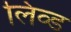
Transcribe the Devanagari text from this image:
लिव्‍ड